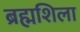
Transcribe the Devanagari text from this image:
ब्रह्मशिला